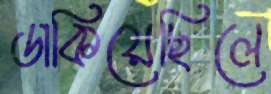
ডাকিয়েছিলে